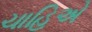
ચાહિએ